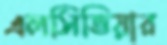
এলসিভিয়ার